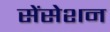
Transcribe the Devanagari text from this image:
सेंसेशन